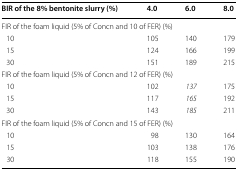
<table><thead><tr><td><b>BIR of the 8% bentonite slurry (%)</b></td><td><b>4.0</b></td><td><b>6.0</b></td><td><b>8.0</b></td></tr></thead><tbody><tr><td colspan="4">FIR of the foam liquid (5% of Concn and 10 of FER) (%)</td></tr><tr><td> 10</td><td>105</td><td>140</td><td>179</td></tr><tr><td> 15</td><td>124</td><td>166</td><td>199</td></tr><tr><td> 30</td><td>151</td><td>189</td><td>215</td></tr><tr><td colspan="4">FIR of the foam liquid (5% of Concn and 12 of FER) (%)</td></tr><tr><td> 10</td><td>102</td><td><i>137</i></td><td>175</td></tr><tr><td> 15</td><td>117</td><td><i>165</i></td><td>192</td></tr><tr><td> 30</td><td>143</td><td><i>185</i></td><td>211</td></tr><tr><td colspan="4">FIR of the foam liquid (5% of Concn and 15 of FER) (%)</td></tr><tr><td> 10</td><td>98</td><td>130</td><td>164</td></tr><tr><td> 15</td><td>103</td><td>138</td><td>176</td></tr><tr><td> 30</td><td>118</td><td>155</td><td>190</td></tr></tbody></table>